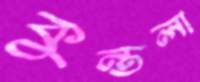
কুন্তলা